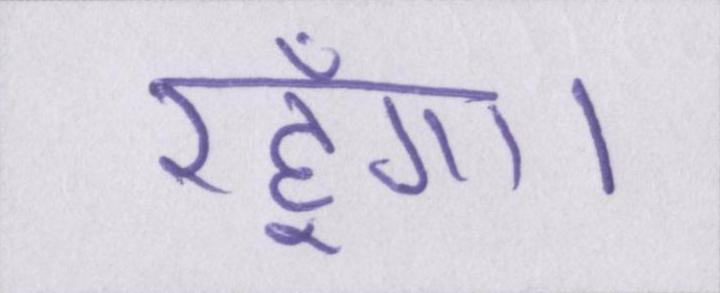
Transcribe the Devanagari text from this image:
रहूँगा।